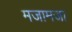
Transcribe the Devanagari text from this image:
मजामजा